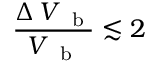
\frac { \Delta \, V _ { \mathrm { ~ \scriptsize ~ b ~ } } } { V _ { \mathrm { ~ \scriptsize ~ b ~ } } } \lesssim 2 \